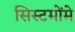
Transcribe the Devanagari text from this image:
सिस्टमोंमे